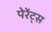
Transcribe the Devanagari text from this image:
पेरेंट्स